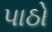
પાઠો